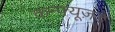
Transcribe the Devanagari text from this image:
कन्फ़्यूज़ड